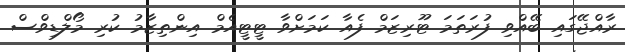
ރާއްޖޭގައި ބޭއްވި ފުރަތަމަ ޓޫރިޒަމް ފެއާ ކަމަށްވާ ޓީޓީއެމް އިންތިޒާމު ކުރި މޯލްޑިވްސް